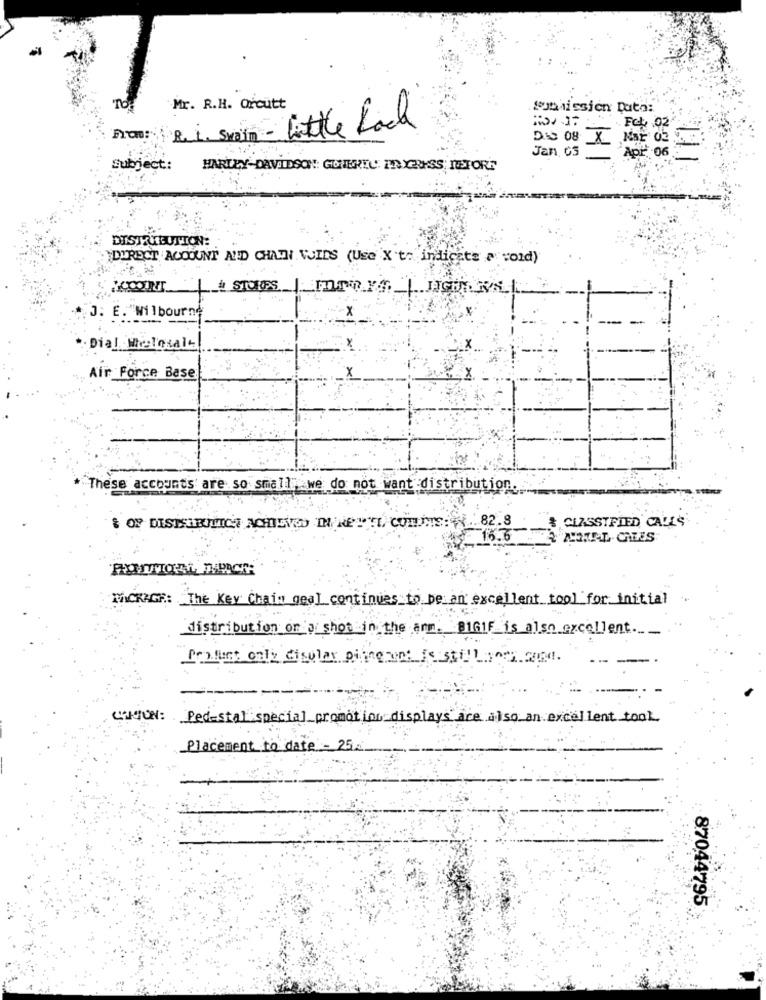
TO
Mr. R.H. Orcutt
Submission Data:
on - little Rock
Fck 02
Frau:R.i. Swain
Jan GS
888
Subject:
HARLEY-DAVIDSON !: GUNTERTU INGRESS MEETORE
DISTRIBUTION:
DIRECT ACCOUNT AND CHATH VOIDS (Use X't. indicate a void)
J. E. "Wilbourne
Dial Wielosale
Air Force Base
These accounts' are so small,we do not want distribution.
OF DISHERRITTICH ACHIEVE THENETTL COMME: . 82.8
$ CLASSIFIED CALLS
15.6
PACKAGE: The Key Chain geal continues to be an excellent tool for initial
distribution on a shot in the arm. 8161F_is also excellent .__
fralunt only disular pincement Is still both and.
CAMION :
Pedestal special promotion displays are also an excellent took.
Placement to date - 25
87044795